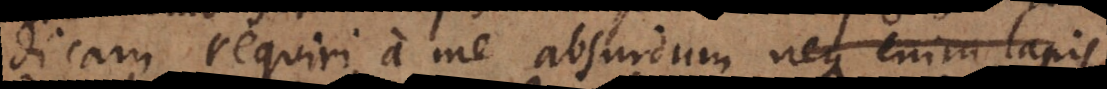
dicam requiri a me absurdum. Requiritur autem